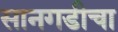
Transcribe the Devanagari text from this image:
सानगडीचा